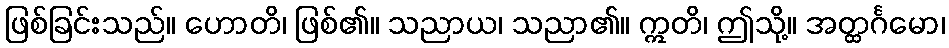
ဖြစ်ခြင်းသည်။ ဟောတိ၊ ဖြစ်၏။ သညာယ၊ သညာ၏။ ဣတိ၊ ဤသို့။ အတ္ထင်္ဂမော၊